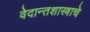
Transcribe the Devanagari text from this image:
वेदान्तशास्त्राचे